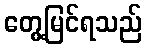
တွေ့မြင်ရသည်